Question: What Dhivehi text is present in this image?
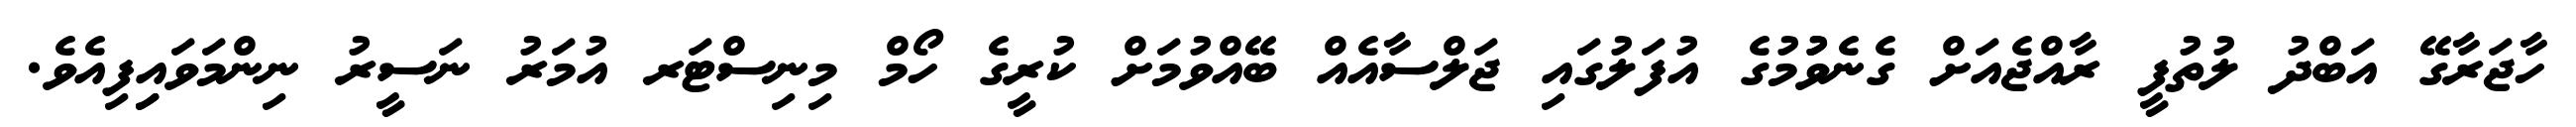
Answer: ހާޖަރާގޭ އަބްދު ލުތުފީ ރާއްޖެއަށް ގެނެވުުމުގެ އުފަލުގައި ޖަލްސާއެއް ބޭއްވުމަށް ކުރީގެ ހޯމް މިނިސްޓަރ އުމަރު ނަސީރު ނިންމަވައިިފިއެވެ.